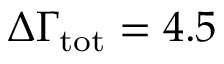
\Delta \Gamma _ { \mathrm { t o t } } = 4 . 5